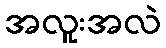
အလူးအလဲ